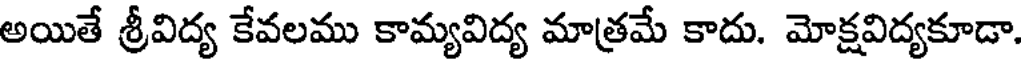
అయితే శ్రీవిద్య కేవలము కామ్యవిద్య మాత్రమే కాదు. మోక్షవిద్యకూడా.